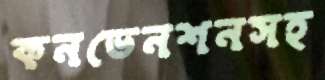
কনভেনশনসহ